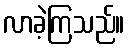
လာခဲ့ကြသည်။